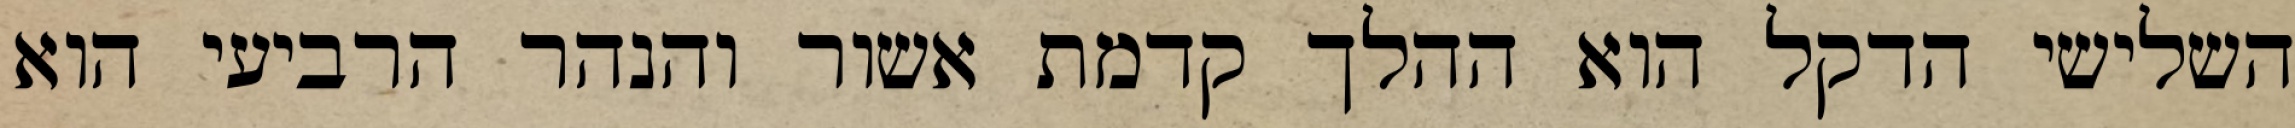
השלישי הדקל הוא ההלך קדמת אשור והנהר הרביעי הוא